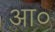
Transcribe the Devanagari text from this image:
आ०